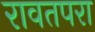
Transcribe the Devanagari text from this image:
रावतपरा